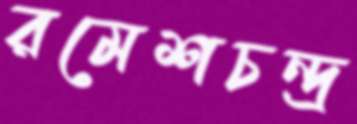
রমেশচন্দ্র